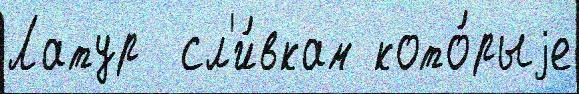
Латур  сл'и́вкам кото́рыjе